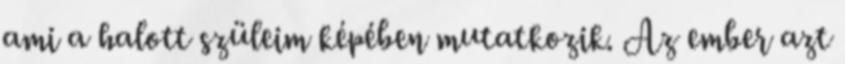
ami a halott szüleim képében mutatkozik. Az ember azt